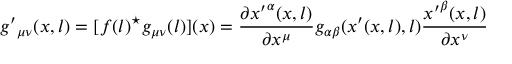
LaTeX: { g ^ { \prime } } _ { \mu \nu } ( x , l ) = [ f ( l ) ^ { \star } g _ { \mu \nu } ( l ) ] ( x ) = \frac { \partial { x ^ { \prime } } ^ { \alpha } ( x , l ) } { \partial x ^ { \mu } } g _ { \alpha \beta } ( x ^ { \prime } ( x , l ) , l ) \frac { { x ^ { \prime } } ^ { \beta } ( x , l ) } { \partial x ^ { \nu } }